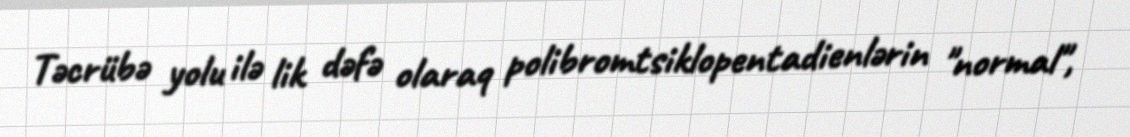
Təcrübə yolu ilə lik dəfə olaraq polibromtsiklopentadienlərin "normal",